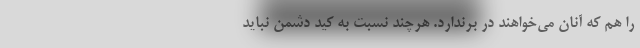
را هم که آنان می‌خواهند در برندارد. هرچند نسبت به کید دشمن نباید